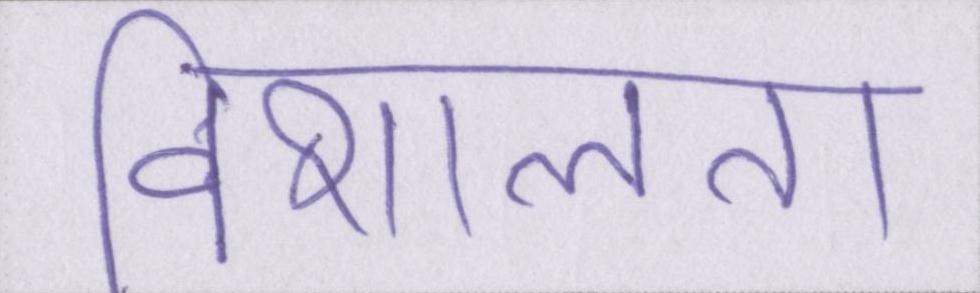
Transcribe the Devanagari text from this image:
विशालता